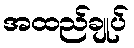
အထည်ချုပ်